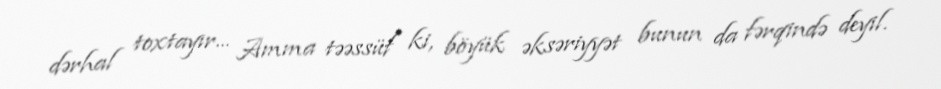
dərhal toxtayır... Amma təəssüf ki, böyük əksəriyyət bunun da fərqində deyil.